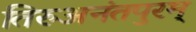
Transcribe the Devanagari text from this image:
तिरुअनंतपुरम्